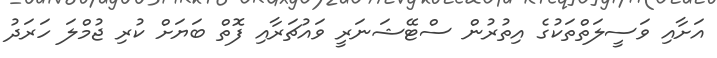
އަށާއި ވަސީލަތްތަކުގެ އިތުރުން ސްޓޭޝަނަރީ ވައުޗަރާއި ފޮތް ބަޔަށް ކުރި ޖުމްލަ ހަރަދު